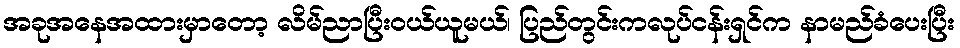
အခုအနေအထားမှာတော့ လိမ်ညာပြီးဝယ်ယူမယ်၊ ပြည်တွင်းကလုပ်ငန်းရှင်က နာမည်ခံပေးပြီး